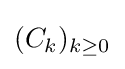
(C_{k})_{k\geq 0}